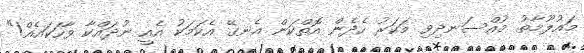
މައުލޫމާތު މުއްސަނދިވި މަކަރު ހެދެން އޮތްކަން އެނގޭ އެކަމަކު އެއީ ނުދައްކާ ވާހަކައެއް!"